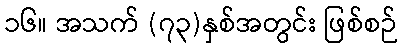
၁၆။ အသက် (၇၃)နှစ်အတွင်း ဖြစ်စဉ်